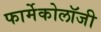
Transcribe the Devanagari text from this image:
फार्मेकोलॉजी